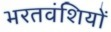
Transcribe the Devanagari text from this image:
भरतवंशियों